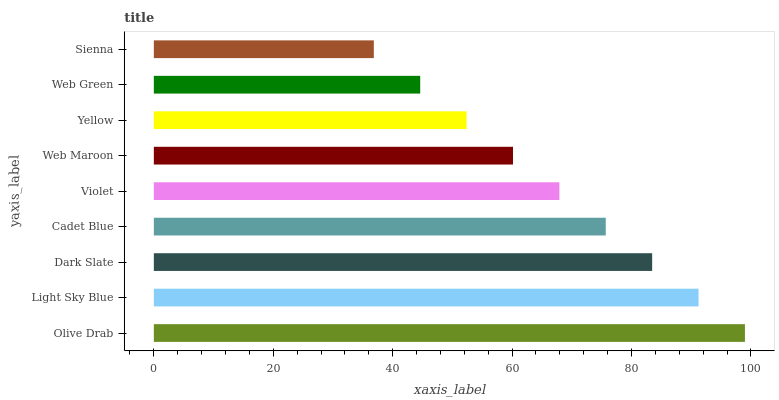
| yaxis_label | bars |
 | --- | --- |
 | Olive Drab | 99 |
 | Light Sky Blue | 91.2 |
 | Dark Slate | 83.5 |
 | Cadet Blue | 75.7 |
 | Violet | 67.9 |
 | Web Maroon | 60.2 |
 | Yellow | 52.4 |
 | Web Green | 44.6 |
 | Sienna | 36.8 |